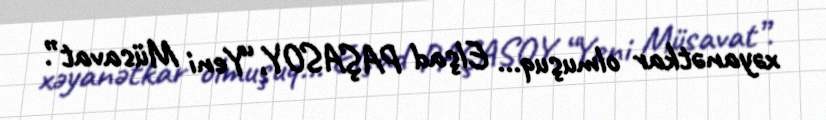
xəyanətkar olmuşuq... Elşad PAŞASOY,“Yeni Müsavat”.